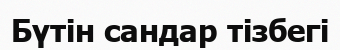
Бүтін сандар тізбегі